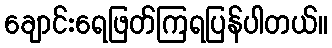
ချောင်းရေဖြတ်ကြရပြန်ပါတယ်။